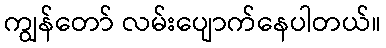
ကျွန်တော် လမ်းပျောက်နေပါတယ်။